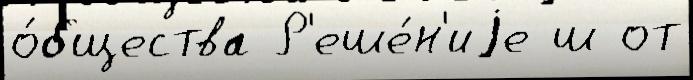
о́бщества Р'еше́н'иjе ш от